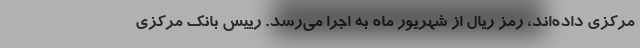
مرکزی داده‌اند، رمز ریال از شهریور ماه به اجرا می‌رسد. رییس بانک مرکزی